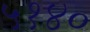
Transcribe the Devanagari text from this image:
५१४०